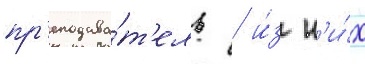
пр'еподава́т'ель / и́з н'и́х